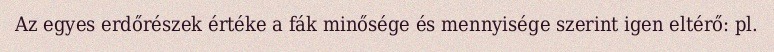
Az egyes erdőrészek értéke a fák minősége és mennyisége szerint igen eltérő: pl.